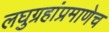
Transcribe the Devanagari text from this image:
लघुग्रहांप्रमाणेच